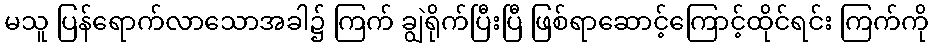
မသူ ပြန်ရောက်လာသောအခါ၌ ကြက် ချွဲရိုက်ပြီးပြီ ဖြစ်ရာဆောင့်ကြောင့်ထိုင်ရင်း ကြက်ကို